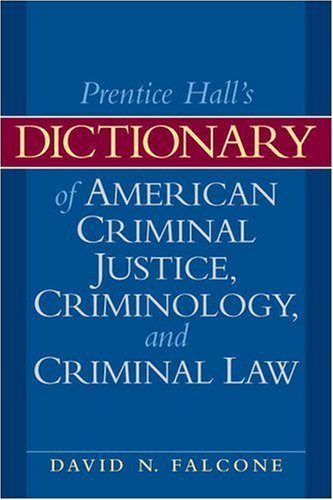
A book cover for Dictionary of American Criminal Justice, Criminology and Law (2nd Edition); David N. Falcone; Law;